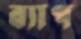
ব্যাপ